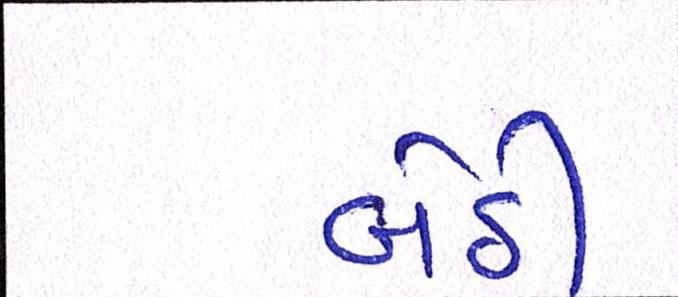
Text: બેઠી